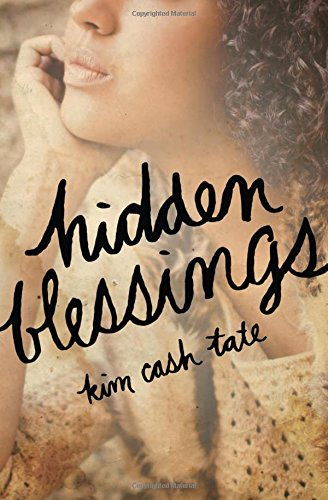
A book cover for Hidden Blessings; Kim Cash Tate; Romance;